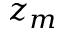
z _ { m }